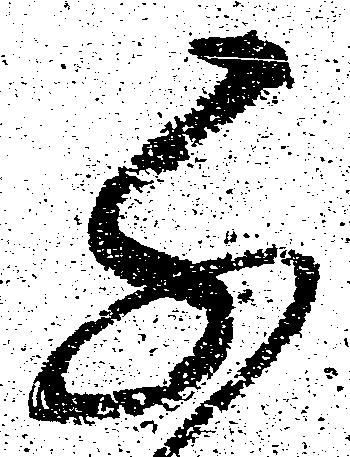
千